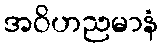
အဝိဟညမာနံ